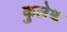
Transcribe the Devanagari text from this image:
कुलेथ